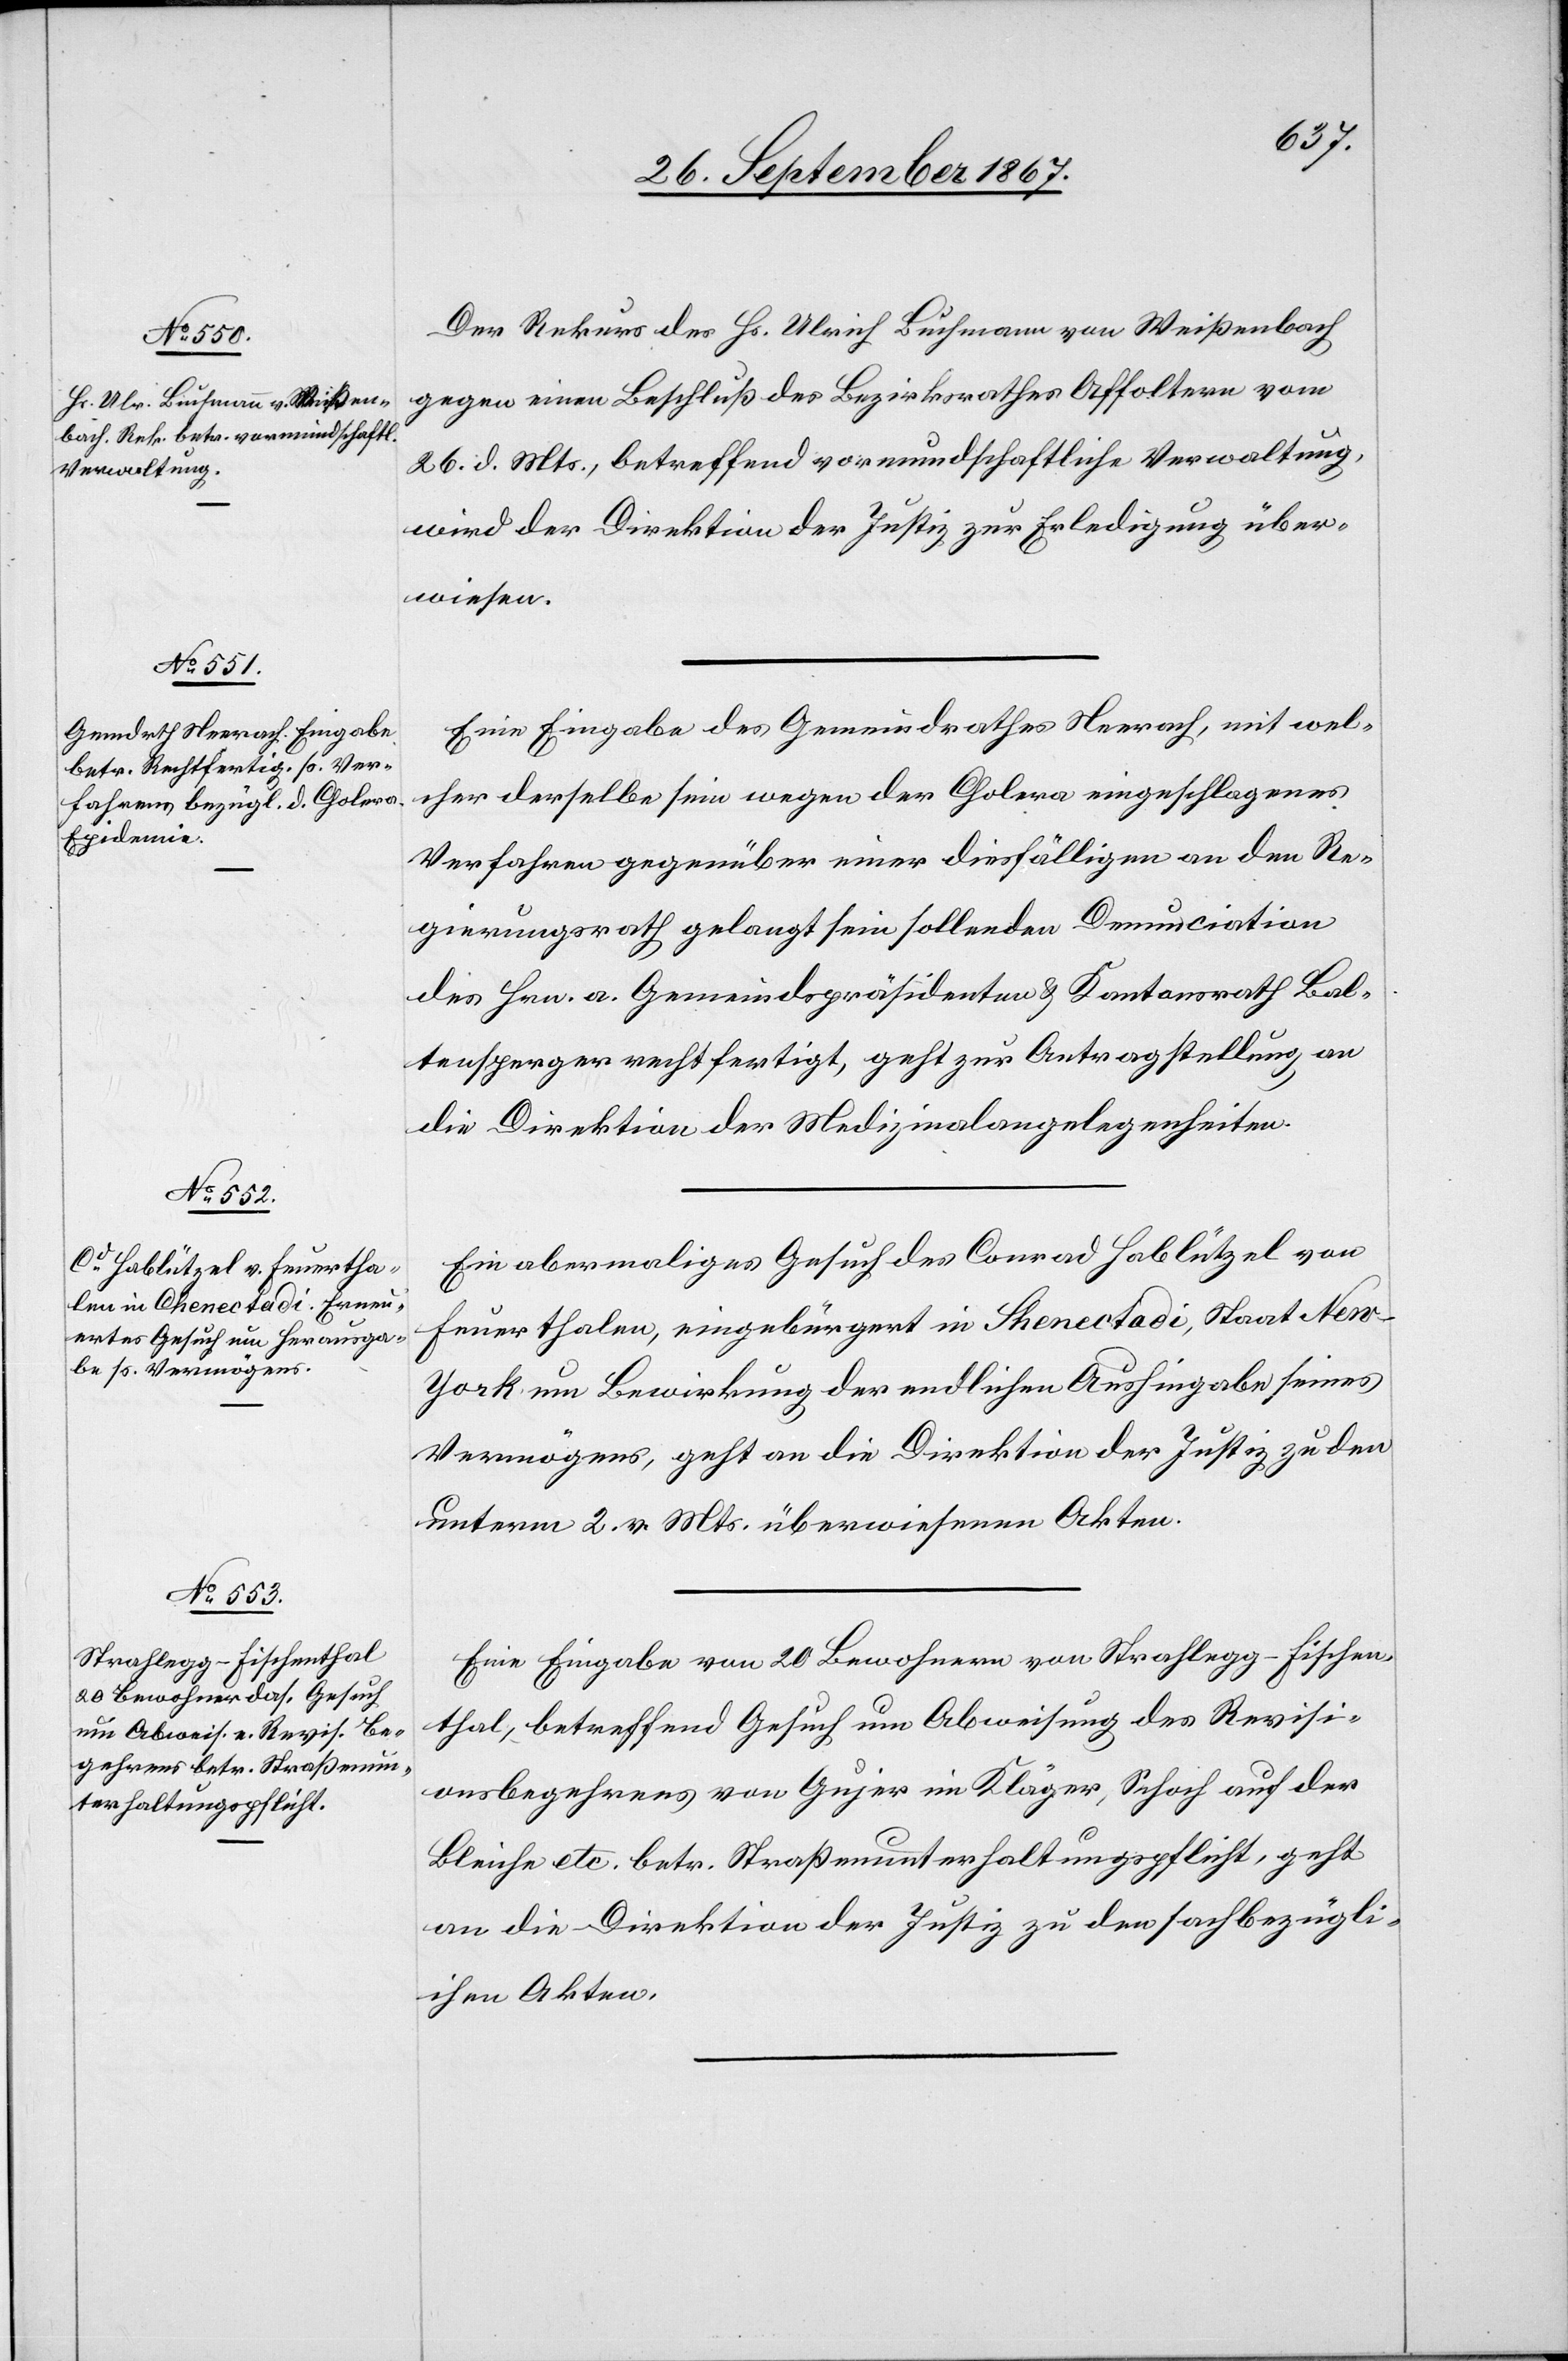
30. September 1867.]
Der Rekurs des Hr. Ulrich Buchmann von Weißenbach
gegen einen Beschluß des Bezirksrathes Affoltern vom
26. d. Mts., betreffend vormundschaftliche Verwaltung,
wird der Direktion der Justiz zur Erledigung über¬
wiesen.
Eine Eingabe des Gemeindrathes Neerach, mit wel¬
cher derselbe sein wegen der Cholera eingeschlagenes
Verfahren gegenüber einer diesfälligen an den Re¬
gierungsrath gelangt sein sollenden Denunciation
des Hrn. a. Gemeindspräsidenten u. Kantonsrath Bal¬
tensperger rechtfertigt, geht zur Antragstellung an
die Direktion der Medizinalangelegenheiten.
Ein abermaliges Gesuch des Conrad Hablützel von
Feuerthalen, eingebürgert in Shenectadi [sic!], Staat New-Y¬
ork um Bewirkung der endlichen Aushingabe seines
Vermögens, geht an die Direktion der Justiz zu den
unterm 2. v. Mts. überwiesenen Akten.
Eine Eingabe von 20 Bewohnern von Strahlegg-Fischen¬
thal, betreffend Gesuch um Abweisung des Revisi¬
onsbegehrens von Gujer im Kläger, Schoch auf der
Bleiche etc. betr. Straßenunterhaltungspflicht, geht
an die Direktion der Justiz zu den sachbezügli¬
chen Akten.